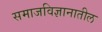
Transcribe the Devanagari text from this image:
समाजविज्ञानातील